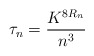
\begin{align*}\tau_n = \frac{K^{8R_n}}{n^3}\end{align*}